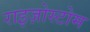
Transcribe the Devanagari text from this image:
राइज़ोस्टोम